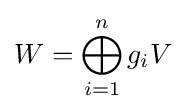
W=\bigoplus _{i=1}^{n}g_{i}V